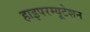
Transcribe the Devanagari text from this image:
हाइपरम्यूटेशन